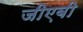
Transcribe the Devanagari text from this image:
जीएबी